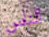
الناس